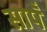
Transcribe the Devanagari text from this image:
सापँ